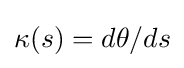
\kappa (s)=d\theta /ds